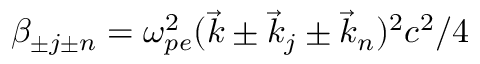
\beta _ { \pm j \pm n } = \omega _ { p e } ^ { 2 } ( \vec { k } \pm \vec { k } _ { j } \pm \vec { k } _ { n } ) ^ { 2 } c ^ { 2 } / 4